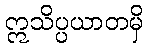
ဣသိပ္ပယာတမှိ